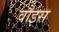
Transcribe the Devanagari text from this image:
वौइस